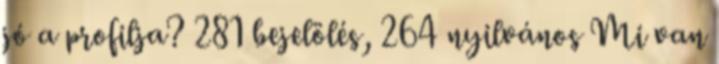
jó a profilja? 281 bejelölés, 264 nyilvános Mi van